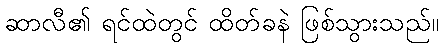
ဆာလီ၏ ရင်ထဲတွင် ထိတ်ခနဲ ဖြစ်သွားသည်။